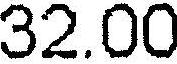
32.00